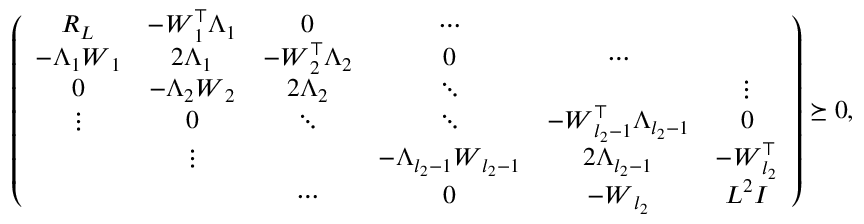
\begin{array} { r } { \left( \begin{array} { c c c c c c } { \boldsymbol { R } _ { L } } & { - \boldsymbol { W } _ { 1 } ^ { \top } \Lambda _ { 1 } } & { 0 } & { \cdots } & & \\ { - \Lambda _ { 1 } \boldsymbol { W } _ { 1 } } & { 2 \Lambda _ { 1 } } & { - \boldsymbol { W } _ { 2 } ^ { \top } \Lambda _ { 2 } } & { 0 } & { \cdots } & { \phantom { \ddots } } \\ { 0 } & { - \Lambda _ { 2 } \boldsymbol { W } _ { 2 } } & { 2 \Lambda _ { 2 } } & { \ddots } & { \phantom { \ddots } } & { \vdots } \\ { \vdots } & { 0 } & { \ddots } & { \ddots } & { - \boldsymbol { W } _ { l _ { 2 } - 1 } ^ { \top } \Lambda _ { l _ { 2 } - 1 } } & { 0 } \\ & { \vdots } & { \phantom { \ddots } } & { - \Lambda _ { l _ { 2 } - 1 } \boldsymbol { W } _ { l _ { 2 } - 1 } } & { 2 \Lambda _ { l _ { 2 } - 1 } } & { - \boldsymbol { W } _ { l _ { 2 } } ^ { \top } } \\ & { \phantom { \ddots } } & { \cdots } & { 0 } & { - \boldsymbol { W } _ { l _ { 2 } } } & { L ^ { 2 } \boldsymbol { I } } \end{array} \right) \succeq 0 , } \end{array}